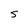
Character: 5